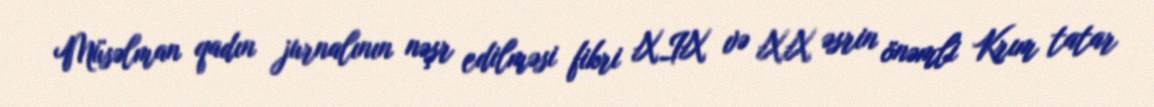
Müsəlman qadın jurnalının nəşr edilməsi fikri XIX və XX əsrin önəmli Krım tatar